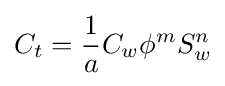
C_{t}={\frac {1}{a}}C_{w}\phi ^{m}S_{w}^{n}